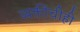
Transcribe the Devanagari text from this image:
व्यक्तींचीही